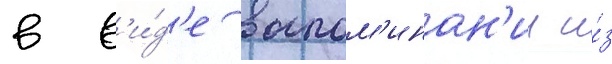
в в'и́д'е воспом'инан'ии и́з